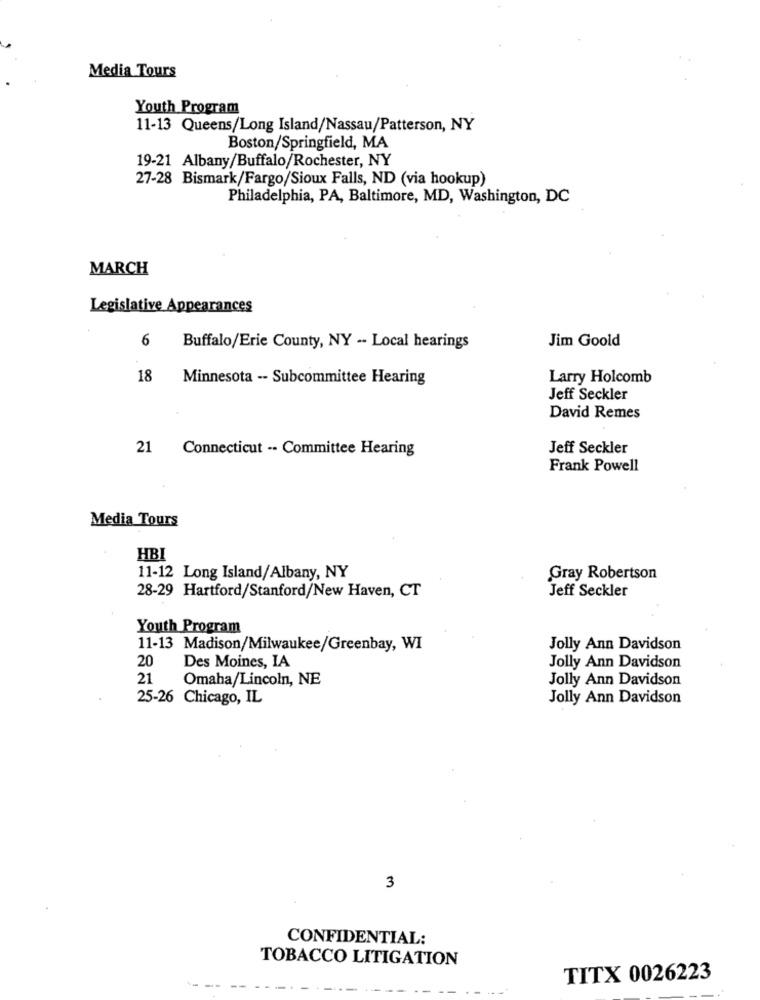
Media Tours
Youth Program
11-13 Queens/Long Island/Nassau/Patterson, NY
Boston/Springfield, MA
19-21 Albany/Buffalo/Rochester, NY
27-28 Bismark/Fargo/Sioux Falls, ND (via hookup)
Philadelphia, PA, Baltimore, MD, Washington, DC
MARCH
Legislative Appearances
6
Buffalo/Erie County, NY -- Local hearings
Jim Goold
18
Minnesota -- Subcommittee Hearing
Larry Holcomb
Jeff Seckler
David Remes
21
Connecticut -- Committee Hearing
Jeff Seckler
Frank Powell
Media Tours
HBI
11-12 Long Island/Albany, NY
Gray Robertson
Jeff Seckler
28-29 Hartford/Stanford/New Haven, CT
Youth Program
11-13 Madison/Milwaukee/Greenbay, WI
Jolly Ann Davidson
20
Des Moines, IA
Jolly Ann Davidson
21
Omaha/Lincoln, NE
Jolly Ann Davidson
25-26 Chicago, IL
Jolly Ann Davidson
3
CONFIDENTIAL:
TOBACCO LITIGATION
TITX 0026223